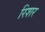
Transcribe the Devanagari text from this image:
रिशर